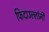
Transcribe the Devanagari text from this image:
फिदाउल्लांनी